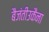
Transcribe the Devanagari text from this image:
बैजंतीउकैना